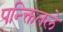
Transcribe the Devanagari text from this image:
पन्क्तितले